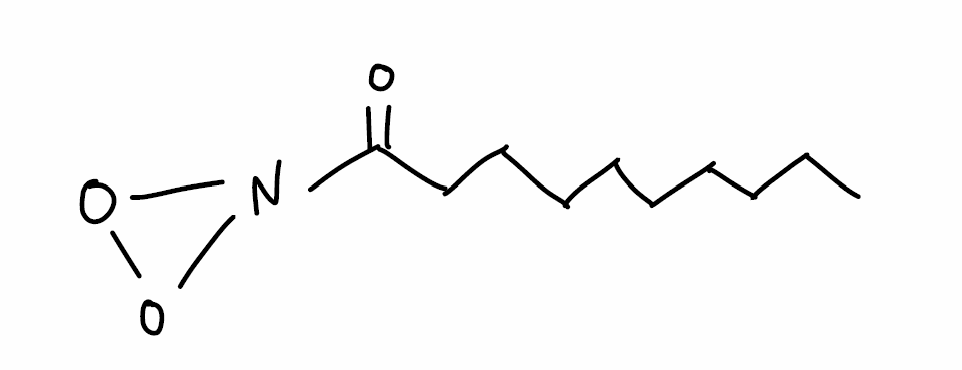
Simplified molecular-input line-entry system (SMILES) notation of the given molecule:
CCCCCCCCCC(=O)N1OO1